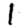
Digit: 1